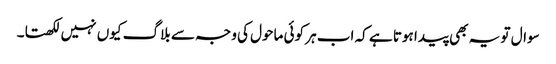
سوال تو یہ بھی پیدا ہوتا ہے کہ اب ہر کوئی ماحول کی وجہ سے بلاگ کیوں نہیں لکھتا۔